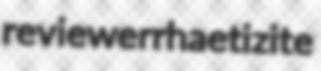
reviewer rhaetizite